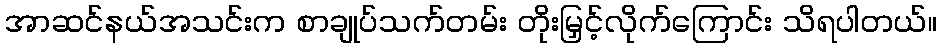
အာဆင်နယ်အသင်းက စာချုပ်သက်တမ်း တိုးမြှင့်လိုက်ကြောင်း သိရပါတယ်။